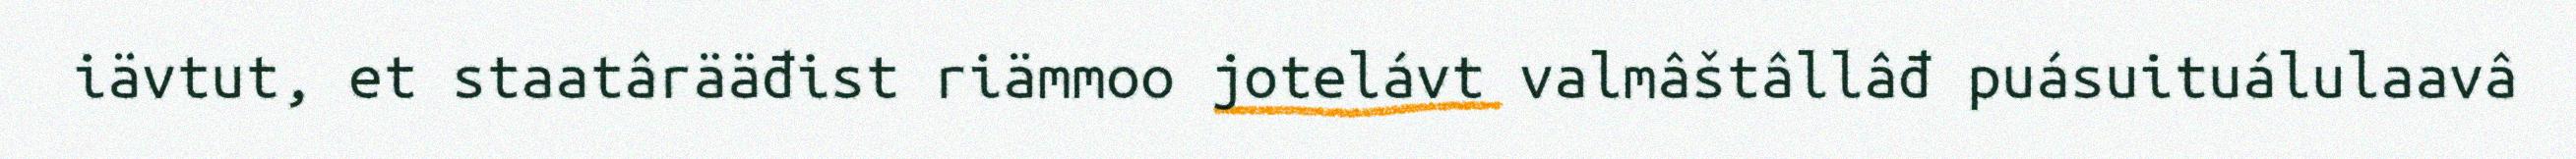
iävtut, et staatârääđist riämmoo jotelávt valmâštâllâđ puásuituálulaavâ